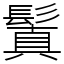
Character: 鬒